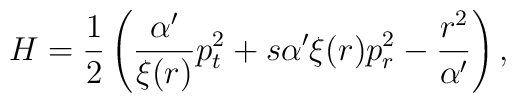
H=\frac{1}{2}\left( \frac{\alpha'}{\xi(r)}p_t^2+s\alpha'\xi(r)p_r^2-\frac{r^2}{\alpha'}\right),